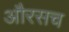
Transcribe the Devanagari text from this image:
औरसच